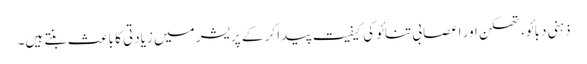
ذہنی دبائو، تھکن اور اعصابی تنائو کی کیفیت پیدا کر کے پریشر میں زیادتی کا باعث بنتے ہیں۔